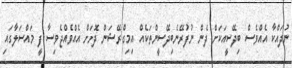
ނުދައްކާ އެއްވެސް ބިދޭސީއަކަށް ދެން ނުފުރޭނެބިދޭސީންތަކެއް އިމިގްރޭޝަން ދޮށަށް އެއްވެއްޖެވިސާ ފީ މައްސަލާގައި